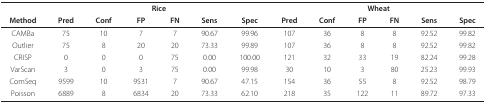
|  | <COLSPAN=6> Rice | <COLSPAN=6> Wheat |
 | Method | Pred | Conf | FP | FN | Sens | Spec | Pred | Conf | FP | FN | Sens | Spec |
 | --- | --- | --- | --- | --- | --- | --- | --- | --- | --- | --- | --- | --- |
 | CAMBa | 75 | 10 | 7 | 7 | 90.67 | 99.96 | 107 | 36 | 8 | 8 | 92.52 | 99.82 |
 | Outlier | 75 | 8 | 20 | 20 | 73.33 | 99.89 | 107 | 36 | 8 | 8 | 92.52 | 99.82 |
 | CRISP | 0 | 0 | 0 | 75 | 0.00 | 100.00 | 121 | 32 | 33 | 19 | 82.24 | 99.28 |
 | VarScan | 3 | 0 | 3 | 75 | 0.00 | 99.98 | 30 | 10 | 3 | 80 | 25.23 | 99.93 |
 | ComSeq | 9599 | 10 | 9531 | 7 | 90.67 | 47.15 | 154 | 36 | 55 | 8 | 92.52 | 98.79 |
 | Poisson | 6889 | 8 | 6834 | 20 | 73.33 | 62.10 | 218 | 35 | 122 | 11 | 89.72 | 97.33 |